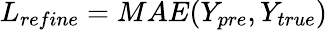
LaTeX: L_{refine}=MAE(Y_{pre},Y_{true})